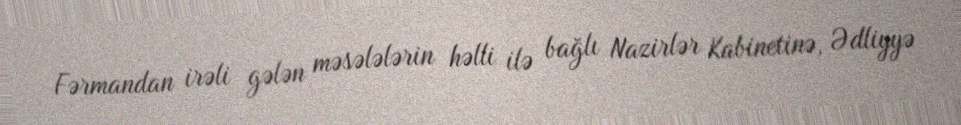
Fərmandan irəli gələn məsələlərin həlli ilə bağlı Nazirlər Kabinetinə, Ədliyyə